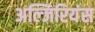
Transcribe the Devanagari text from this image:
अल्जिरियंस